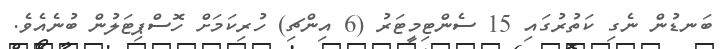
ބަނޑުން ނެގި ކަތުރުގައި 15 ސެންޓިމީޓަރު (6 އިންޗި) ހުރިކަމަށް ހޮސްޕިޓަލުން ބުނެއެވެ.